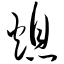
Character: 熄